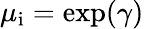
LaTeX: \mu_{\mathrm{i}}=\exp(\gamma)